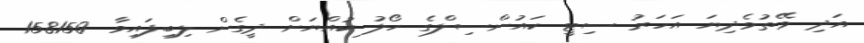
އަދި ވޭތުވެދިޔަ އަހަރު ސިޓީ ކައުންސިލްގެ ހޯލު ކުއްޔަށް ދީގެން ލިބިފައިވާ 158150